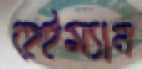
হেইম্যান